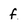
Character: f